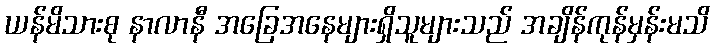
ယန်မိသားစု နာလာနီ အခြေအနေများရှိသူများသည် အချိန်ကုန်မှန်းမသိ